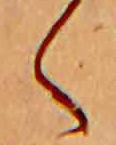
く